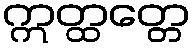
ဣတ္ထတ္တေ